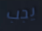
يجب